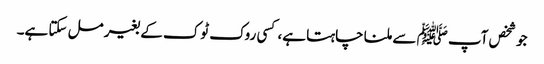
جو شخص آپ ﷺ سے ملنا چاہتا ہے، کسی روک ٹوک کے بغیر مل سکتا ہے۔